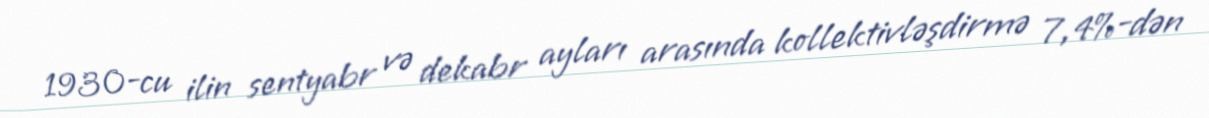
1930-cu ilin sentyabr və dekabr ayları arasında kollektivləşdirmə 7,4%-dən